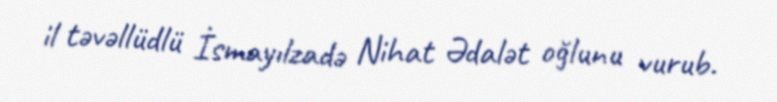
il təvəllüdlü İsmayılzadə Nihat Ədalət oğlunu vurub.